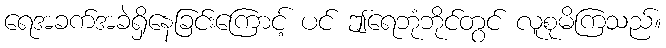
ရေအခက်အခဲရှိနေခြင်းကြောင့် ပင် ဤရေဘုံဘိုင်တွင် လူစုမိကြသည်။